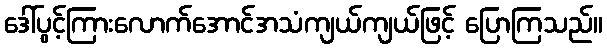
ဒေါ်ပွင့်ကြားလောက်အောင်အသံကျယ်ကျယ်ဖြင့် ပြောကြသည်။